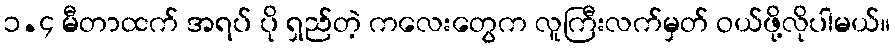
၁.၄ မီတာထက် အရပ် ပို ရှည်တဲ့ ကလေးတွေက လူကြီးလက်မှတ် ဝယ်ဖို့လိုပါမယ်။